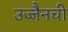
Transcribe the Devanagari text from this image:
उज्जैनची